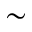
\sim